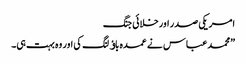
امریکی صدر اورخلائی جنگ
”محمد عباس نے عمدہ باﺅلنگ کی اور وہ بہت ہی۔